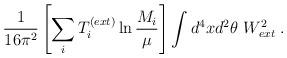
LaTeX: \begin{align*}\frac{1}{16\pi^2} \left[ \sum_i T_i^{(ext)} \ln \frac{M_i}{\mu} \right]\int d^4 x d^2\theta ~ W^2_{ext} \;.\end{align*}